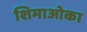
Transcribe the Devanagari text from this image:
शिमाओका